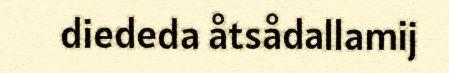
diededa åtsådallamij